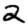
Digit: 2